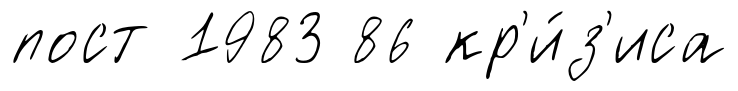
пост 1983 86 кр'и́з'иса